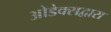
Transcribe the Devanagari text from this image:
ओडेक्सद्वारा